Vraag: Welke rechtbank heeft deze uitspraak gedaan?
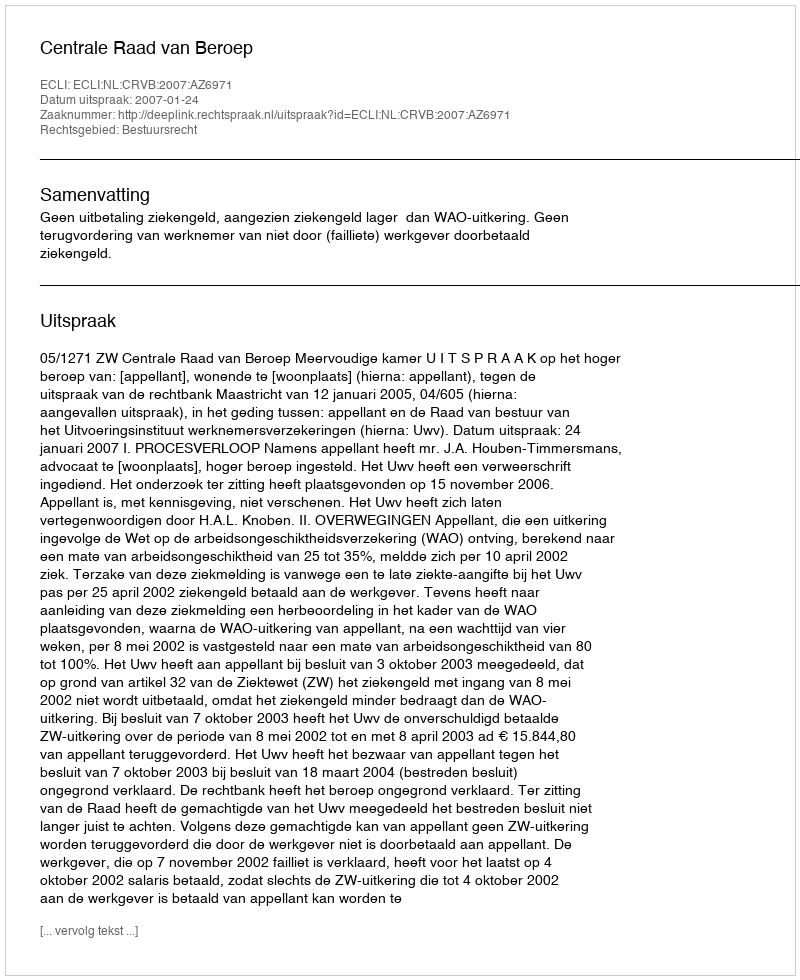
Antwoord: Centrale Raad van Beroep